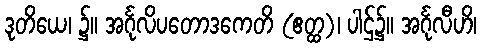
ဒုတိယေ၊ ၌။ အင်္ဂုလိပတောဒကေတိ (ဧတ္ထ)၊ ပါဌ်၌။ အင်္ဂုလီဟိ၊